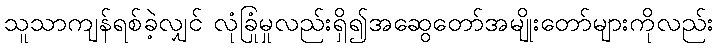
သူသာကျန်ရစ်ခဲ့လျှင် လုံခြုံမှုလည်းရှိ၍အဆွေတော်အမျိုးတော်များကိုလည်း